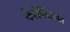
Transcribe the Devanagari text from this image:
कैरोलिंसका